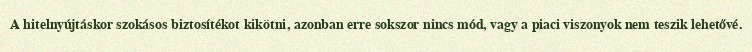
A hitelnyújtáskor szokásos biztosítékot kikötni, azonban erre sokszor nincs mód, vagy a piaci viszonyok nem teszik lehetővé.